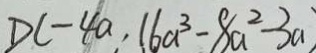
D ( - 4 a , 1 6 a ^ { 3 } - 8 a ^ { 2 } - 3 a )